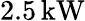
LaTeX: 2.5\, \textrm{kW}